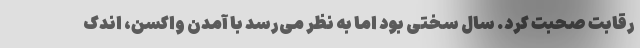
رقابت صحبت کرد. سال سختی بود اما به نظر می‌رسد با آمدن واکسن‌، اندک